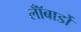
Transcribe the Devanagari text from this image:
लॉँबार्डो